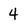
Character: 4